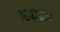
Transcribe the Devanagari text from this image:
१८४७च्या